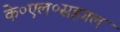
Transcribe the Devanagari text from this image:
के०एल०सहगल